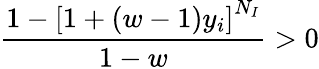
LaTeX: \frac{1-\left[1+(w-1)y_{i}\right]^{N_{I}}}{1-w}>0